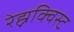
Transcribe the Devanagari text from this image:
रेह्नक्विस्ट